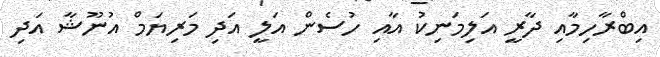
އިބްރާހިމާއި ދާރީ އަލިމަނިކު އާއި ހުސެން އަލީ އަދި މަރިޔަމް އުނޫޝާ އަދި